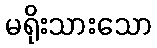
မရိုးသားသော